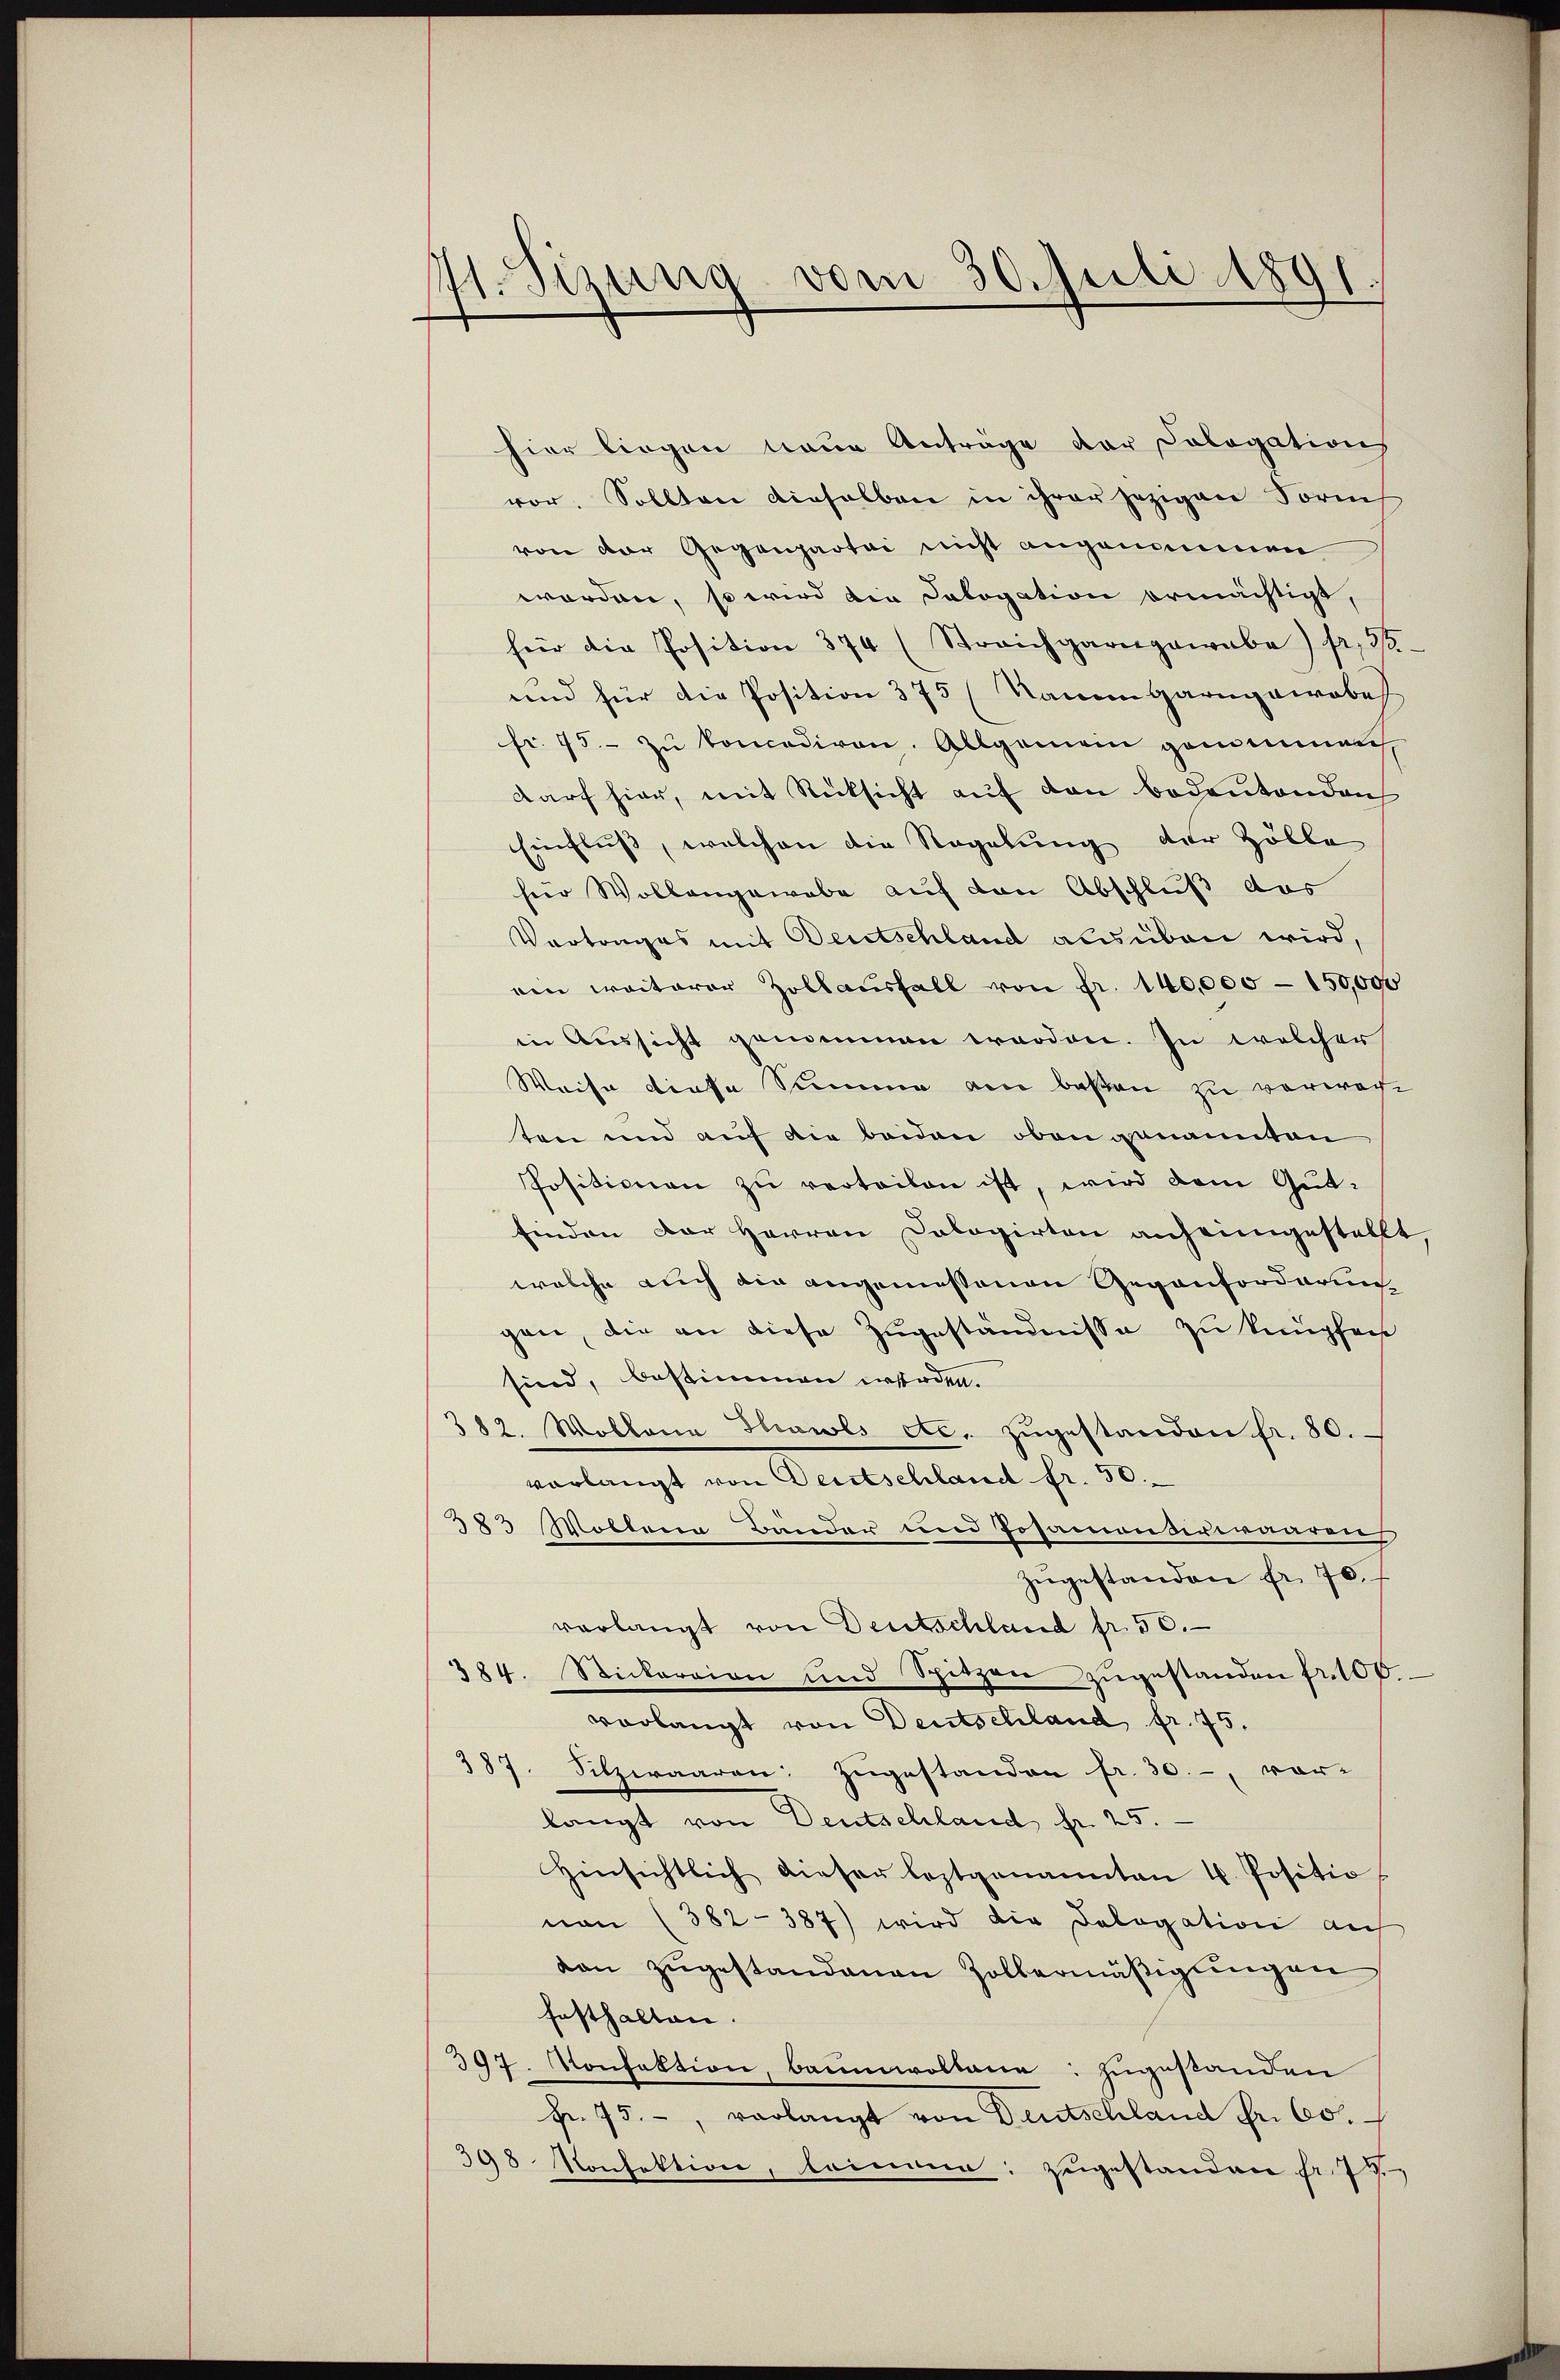
11. Sizung vom 30. Juli 1891.

hier liegen neue Anträge der Cologation
vor. Sollten dieselben in ihrer jezigen Form
von der Gegenpartei nicht angenommen
worden, so wird die Calogation ermächtigt,
für die Position 374 (Streichgaregawabe) fr. 30.
und für die Position 375 (Nauem Garngewobe
fr. 75.- zŭ koncediren. Allgemein gemeinen
darf hier, mit Rücksicht auf den Bedeutenden
Einfluss, welchen die Regelung der Zölle
für Wollangewebe auf den Abschluß das
Vertrages mit Deutschland ausüben wird,
ein weiterer Zollausfall von fr. 140,000 - 150,000
in Aussicht genommen worden. In welcher
Weise diese Summe am bessen zu verwarten und auf die beiden oben genannten
Positionen zu verteilen ist, wird dem Gutfinden der Herren Dologirten anheimgestellt
welche auch ain angemessenen Gegenforderung
gen, die an diese Zugeständnisse zu knüpfen
sind, bestimmen werden.
382. Wollena Shawls etc. zŭgestanden fr. 80.
vorlangt von Deutschland fr. 50.
383 Möllerin Bänder und Posamonderwaaren
zŭgestanden fr. 70.
verlangt von Deutschland fr. 50.
384. Stickersion und Spitzen zŭgestanden fr. 100.
vorlangt von Deutschland fr. 75.
387. Silzwaaren Zugestanden fr. 30.-, vor-
langt von Deutschland fr. 25.
hinsichtlich dieser leztgenannten 4. Positio
non (382-387) wird die Pologation auf
dan zŭgestandenen Zollermäβigŭngen
festhalten.
397. Konfektion, Baumwollene zugestanden
fr. 75., verlangt von Deutschland Fr. 60.
398 Konfektion, trinnen: zugestanden fr. 77.